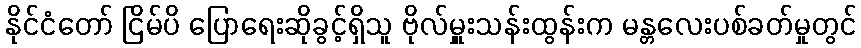
နိုင်ငံတော် ငြိမ်ပိ ပြောရေးဆိုခွင့်ရှိသူ ဗိုလ်မှူးသန်းထွန်းက မန္တလေးပစ်ခတ်မှုတွင်